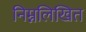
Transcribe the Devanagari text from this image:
निम्नलिखित